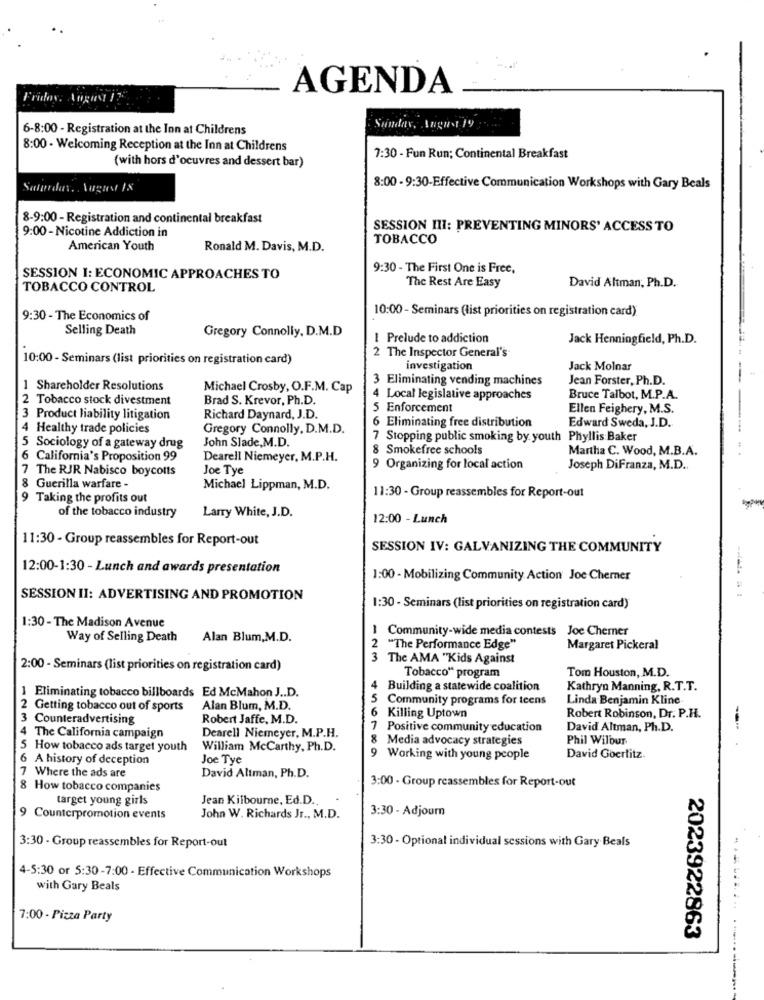
AGENDA
Friday, August 17
6-8:00 - Registration at the Inn at Childrens
Sunday, August 19
8:00 - Welcoming Reception at the Inn at Childrens
(with hors d'oeuvres and dessert bar)
7:30 - Fun Run; Continental Breakfast
8:00 - 9:30-Effective Communication Workshops with Gary Beals
8-9:00 - Registration and continental breakfast
9:00 - Nicotine Addiction in
SESSION III: PREVENTING MINORS' ACCESS TO
TOBACCO
American Youth
Ronald M. Davis, M.D.
9:30 - The First One is Free,
SESSION I: ECONOMIC APPROACHES TO
TOBACCO CONTROL
The Rest Are Easy
David Altman, Ph.D.
10:00 - Seminars (list priorities on registration card)
9:30 - The Economics of
Selling Death
Gregory Connolly, D.M.D
1 Prelude to addiction
Jack Henningfield, Ph.D.
10:00 - Seminars (list priorities on registration card)
2 The Inspector General's
investigation
Jack Molnar
3 Eliminating vending machines
Jean Forster, Ph.D.
1 Shareholder Resolutions
Michael Crosby, O.F.M. Cap
:Tobacco stock divestment
Brad S. Krevor, Ph.D.
4 Local legislative approaches
Bruce Talbot, M.P.A.
5 Enforcement
Ellen Feighery, M.S.
3 Product liability litigation
Richard Daynard, J.D.
6 Eliminating free distribution
Edward Sweda, J.D.
4 Healthy trade policies
Gregory Connolly, D.M.D.
John Slade,M.D.
7 Stopping public smoking by youth Phyllis Baker
Sociology of a gateway drug
8 Smokefree schools
Martha C. Wood, M.B.A.
6 California's Proposition 99
Dearell Niemeyer, M.P.H.
The RJR Nabisco boycotts
Joe Tye
9 Organizing for local action
Joseph DiFranza, M.D ..
8 Guerilla warfare -
Michael Lippman, M.D.
Taking the profits out
11:30 - Group reassembles for Report-out
of the tobacco industry
Larry White, J.D.
12:00 - Lunch
11:30 - Group reassembles for Report-out
SESSION IV: GALVANIZING THE COMMUNITY
12:00-1:30 - Lunch and awards presentation
1:00 - Mobilizing Community Action Joe Chemer
SESSION II: ADVERTISING AND PROMOTION
1:30 - Seminars (list priorities on registration card)
1:30 - The Madison Avenue
1 Community-wide media contests Joe Cherner
Way of Selling Death
Alan Blum,M.D.
2 "The Performance Edge"
Margaret Pickeral
The AMA "Kids Against
2:00 - Seminars (list priorities on registration card)
Tom Houston, M.D.
Tobacco" program
1 Eliminating tobacco billboards Ed McMahon J .. D.
4
Building a statewide coalition
Kathryn Manning, R.T.T.
5
Community programs for teens
Linda Benjamin Kline
2 Getting tobacco out of sports
Alan Blum, M.D.
6
3 Counteradvertising
Robert Jaffe, M.D.
Killing Uptown
Robert Robinson, Dr. P.H.
--
7
Positive community education
David Altman, Ph.D.
4 The California campaign
Dearell Niemeyer, M.P.H.
8
Media advocacy strategies
Phil Wilbur
5 How tobacco ads target youth
William McCarthy, Ph.D.
9
6 A history of deception
Joe Tye
Working with young people
David Goerlitz.
7 Where the ads are
David Altman, Ph.D.
8 How tobacco companies
3:00 - Group reassembles for Report-out
target young girls
Jean Kilbourne, Ed.D.
3:30 - Adjourn
9 Counterpromotion events
John W. Richards Jr ., M.D.
3:30 - Optional individual sessions with Gary Beals
3:30 - Group reassembles for Report-out
4-5:30 or 5:30-7:00 - Effective Communication Workshops
with Gary Beals
...........
7:00 - Pizza Party
2023922863